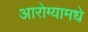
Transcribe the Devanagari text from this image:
आरोग्यामधे